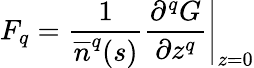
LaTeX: F_{q}=\frac{1}{\overline{{n}}^{q}(s)}\left.\frac{\partial^{q}G}{\partial z^{q}}\right|_{z=0}